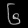
Digit: ၆